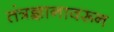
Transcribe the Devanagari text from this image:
तंत्रज्ञानावरून